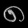
Digit: ၈